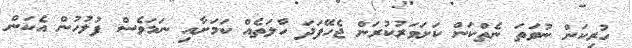
ހުރިކަން ނުވަތަ ނެތްކަން ކަށަވަރުކުރަން ޖެހޭފަދަ ހާލަތެއް ކަމަށާއި ނަމަވެސް ފުލުހުން އެކަން